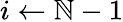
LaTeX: i\gets\mathbb{N}-1